Vaccination in Bombay 1869-1873 - 1869-1873
Year: 1869
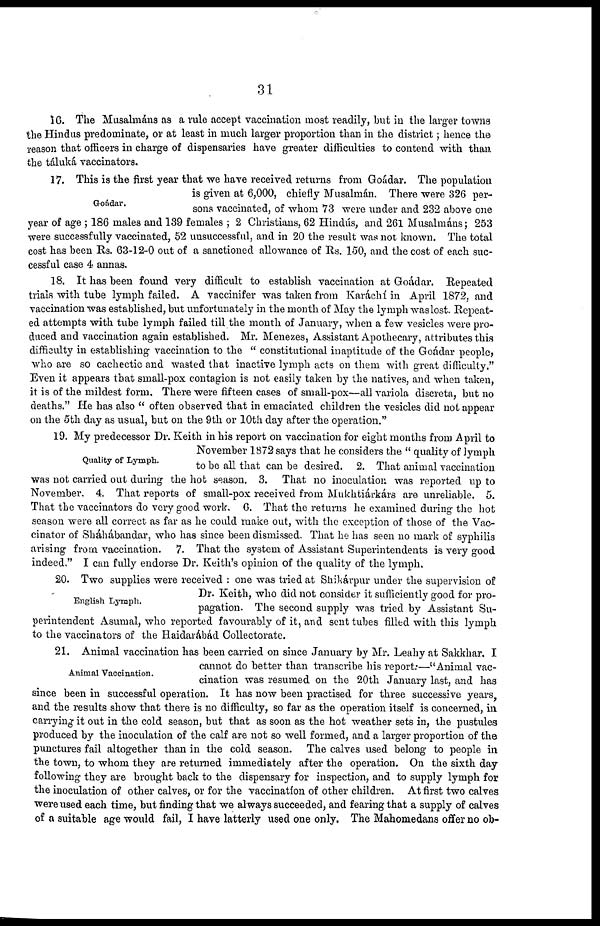
31
16. The Musalmáns as a rule accept vaccination most readily, but in the larger towns
the Hindus predominate, or at least in much larger proportion than in the district; hence the
reason that officers in charge of dispensaries have greater difficulties to contend with than
the táluká, vaccinators.
Goádar.
17. This is the first year that we have received returns from Goádar. The population
is given at 6,000, chiefly Musalmán. There were 326 per-
sons vaccinated, of whom 73 were under and 232 above one
year of age ; 186 males and 139 females ; 2 Christians, 62 Hindús, and 261 Musalmáns; 253
were successfully vaccinated, 52 unsuccessful, and in 20 the result was not known. The total
cost has been Rs. 63-12-0 out of a sanctioned allowance of Rs. 150, and the cost of each suc-
cessful case 4 annas.
18. It has been found very difficult to establish vaccination at Goádar. Repeated
trials with tube lymph failed. A vaccinifer was taken from Karáchí in April 1872, and
vaccination was established, but unfortunately in the month of May the lymph waslost. Repeat-
ed attempts with tube lymph failed till the month of January, when a few vesicles were pro-
duced and vaccination again established. Mr. Menezes, Assistant Apothecary, attributes this
difficulty in establishing vaccination to the " constitutional inaptitude of the Goádar people,
who are so cachectic and wasted that inactive lymph acts on them with great difficulty."
Even it appears that small-pox contagion is not easily taken by the natives, and when taken,
it is of the mildest form. There were fifteen cases of small-pox—all variola discreta, but no
deaths." He has also " often observed that in emaciated children the vesicles did not appear
on the 5th day as usual, but on the 9th or 10th day after the operation."
Quality of Lymph.
19. My predecessor Dr. Keith in his report on vaccination for eight months from April to
November 1872 says that he considers the " quality of lymph
to be all that can be desired. 2. That animal vaccination
was not carried out during the hot season. 3. That no inoculation was reported up to
November. 4. That reports of small-pox received from Mukhtiárkárs are unreliable. 5.
That the vaccinators do very good work. 6. That the returns he examined during the hot
season were all correct as far as he could make out, with the exception of those of the Vac-
cinator of Skáhábandar, who has since been dismissed. That he has seen no mark of syphilis
arising from vaccination. 7. That the system of Assistant Superintendents is very good
indeed." I can fully endorse Dr. Keith's opinion of the quality of the lymph.
English Lymph.
20. Two supplies were received : one was tried at Shikárpur under the supervision of
Dr. Keith, who did not consider it sufficiently good for pro-
pagation. The second supply was tried by Assistant Su-
perintendent Asumal, who reported favourably of it, and sent tubes filled with this lymph
to the vaccinators of the Haidarábád Collectorate.
Animal Vaccination.
21. Animal vaccination has been carried on since January by Mr. Leahy at Sakkhar. I
cannot do better than transcribe his report:—"Animal vac-
cination was resumed on the 20th January last, and has
since been in successful operation. It has now been practised for three successive years,
and the results show that there is no difficulty, so far as the operation itself is concerned, in
carrying it out in the cold season, but that as soon as the hot weather sets in, the pustules
produced by the inoculation of the calf are not so well formed, and a larger proportion of the
punctures fail altogether than in the cold season. The calves used belong to people in
the town, to whom they are returned immediately after the operation. On the sixth day
following they are brought back to the dispensary for inspection, and to supply lymph for
the inoculation of other calves, or for the vaccination of other children. At first two calves
were used each time, but finding that we always succeeded, and fearing that a supply of calves
of a suitable age would fail, I have latterly used one only. The Mahomedans offer no ob-